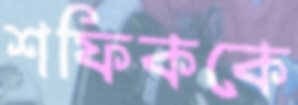
শফিককে